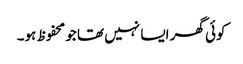
کوئی گھر ایسا نہیں تھا جو محفوظ ہو۔